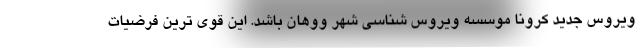
ویروس جدید کرونا موسسه ویروس شناسی شهر ووهان باشد. این قوی ترین فرضیات